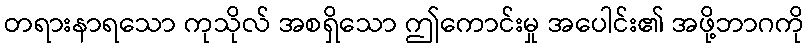
တရားနာရသော ကုသိုလ် အစရှိသော ဤကောင်းမှု အပေါင်း၏ အဖို့ဘာဂကို